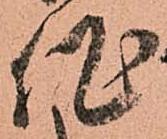
作